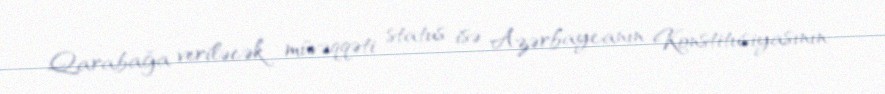
Qarabağa veriləcək müvəqqəti status isə Azərbaycanın Konstitusiyasının